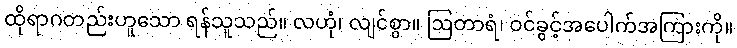
ထိုရာဂတည်းဟူသော ရန်သူသည်။ လဟုံ၊ လျင်စွာ။ ဩတာရံ၊ ဝင်ခွင့်အပေါက်အကြားကို။